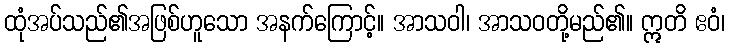
ထုံအပ်သည်၏အဖြစ်ဟူသော အနက်ကြောင့်။ အာသဝါ၊ အာသဝတို့မည်၏။ ဣတိ ဧဝံ၊